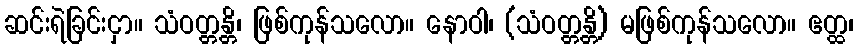
ဆင်းရဲခြင်းငှာ။ သံဝတ္တန္တိ၊ ဖြစ်ကုန်သလော။ နောဝါ၊ (သံဝတ္တန္တိ) မဖြစ်ကုန်သလော။ ဧတ္ထ၊